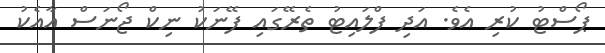
ޕޯސްޓު ކުރި އެވެ. އަދި ފްލައިޓު ތެރޭގައި ފޭނަކު ނިކް ޖޯނަސް އާއެކު